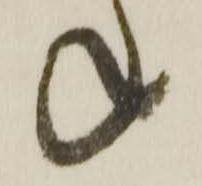
ね